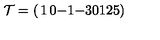
{ \cal T } = \left( \begin{matrix} { 1 } & { 0 } & { - 1 } & { - 3 } \\ { 0 } & { 1 } & { 2 } & { 5 } \\ \end{matrix} \right)